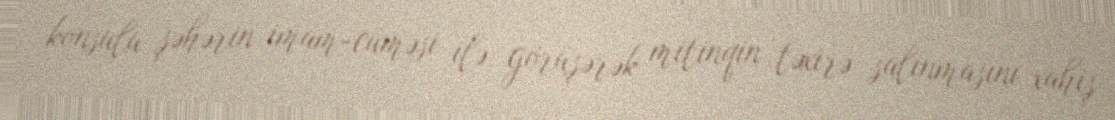
konsulu şəhərin imam-cüməsi ilə görüşərək mitinqin təxirə salınmasını xahiş